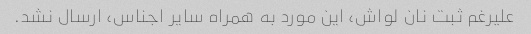
علیرغم ثبت نان لواش، این مورد به همراه سایر اجناس، ارسال نشد.